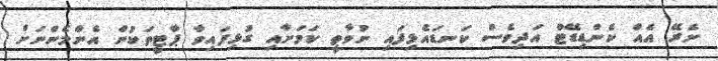
ނެރޭ އެއް ކެންޑިޑޭޓް އަދިވެސް ކަނޑައެޅިފައި ނުވާތީ ކަމަށާއި ގުޅިފައިވާ ޕާޓީތަކުން އެންމެންނަށް